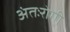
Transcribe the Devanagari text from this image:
अंतःरोगी